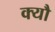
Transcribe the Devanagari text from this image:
क्यौ